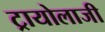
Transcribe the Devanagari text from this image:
ट्रायोलाजी